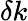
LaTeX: \delta k